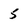
Character: 5